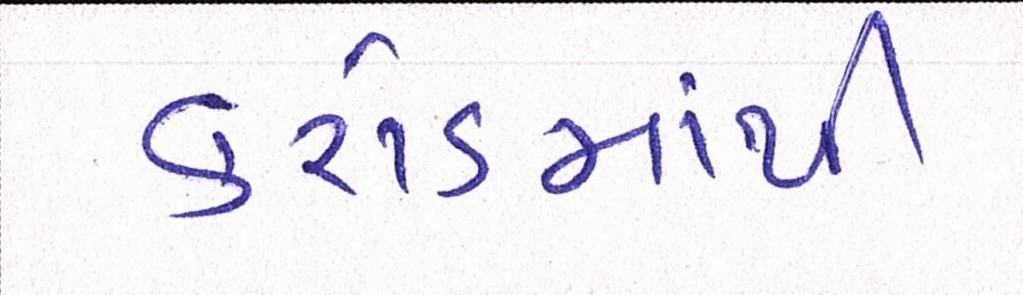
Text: કરોડમાંથી